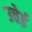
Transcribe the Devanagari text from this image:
उत्तेई